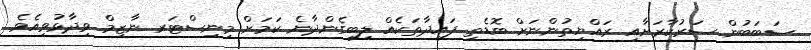
ސަބަބުން ސަރުކާރަށާއި ރައްޔިތުންނަށް ބޮޑެތި ފައިދާތަކެއް ލިބިގެންދާނެ ކަމަށް މިނިސްޓަރ ނާޒިމް ވިދާޅުވިއެވެ.